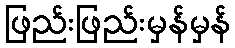
ဖြည်းဖြည်းမှန်မှန်